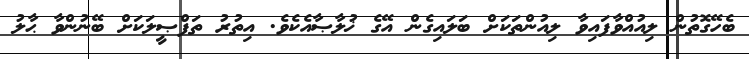
ބެހޭގޮތުން ލިއުއްވާފައިވާ ލިއުންތަކަށް ބަލައިގެން އޭގެ ޚުލާޞާއެކެވެ. އިތުރު ތަފްޞީލަކަށް ބޭނުންވާ ޙާލު